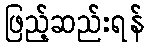
ဖြည့်ဆည်းရန်